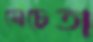
মেচেতা